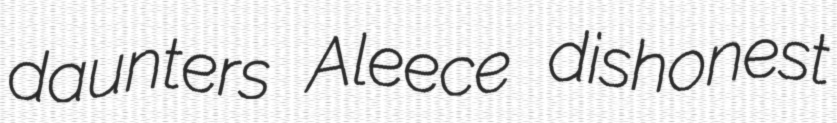
daunters Aleece dishonest